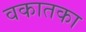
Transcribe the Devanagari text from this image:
वकातका